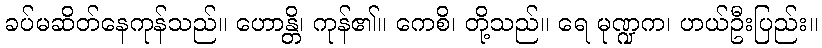
ခပ်မဆိတ်နေကုန်သည်။ ဟောန္တိ၊ ကုန်၏။ ကေစိ၊ တို့သည်။ ရေ မုဏ္ဍက၊ ဟယ်ဦးပြည်း။